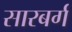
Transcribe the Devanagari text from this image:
सारबर्ग